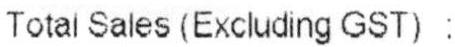
TOTAL SALES (EXCLUDING GST) :